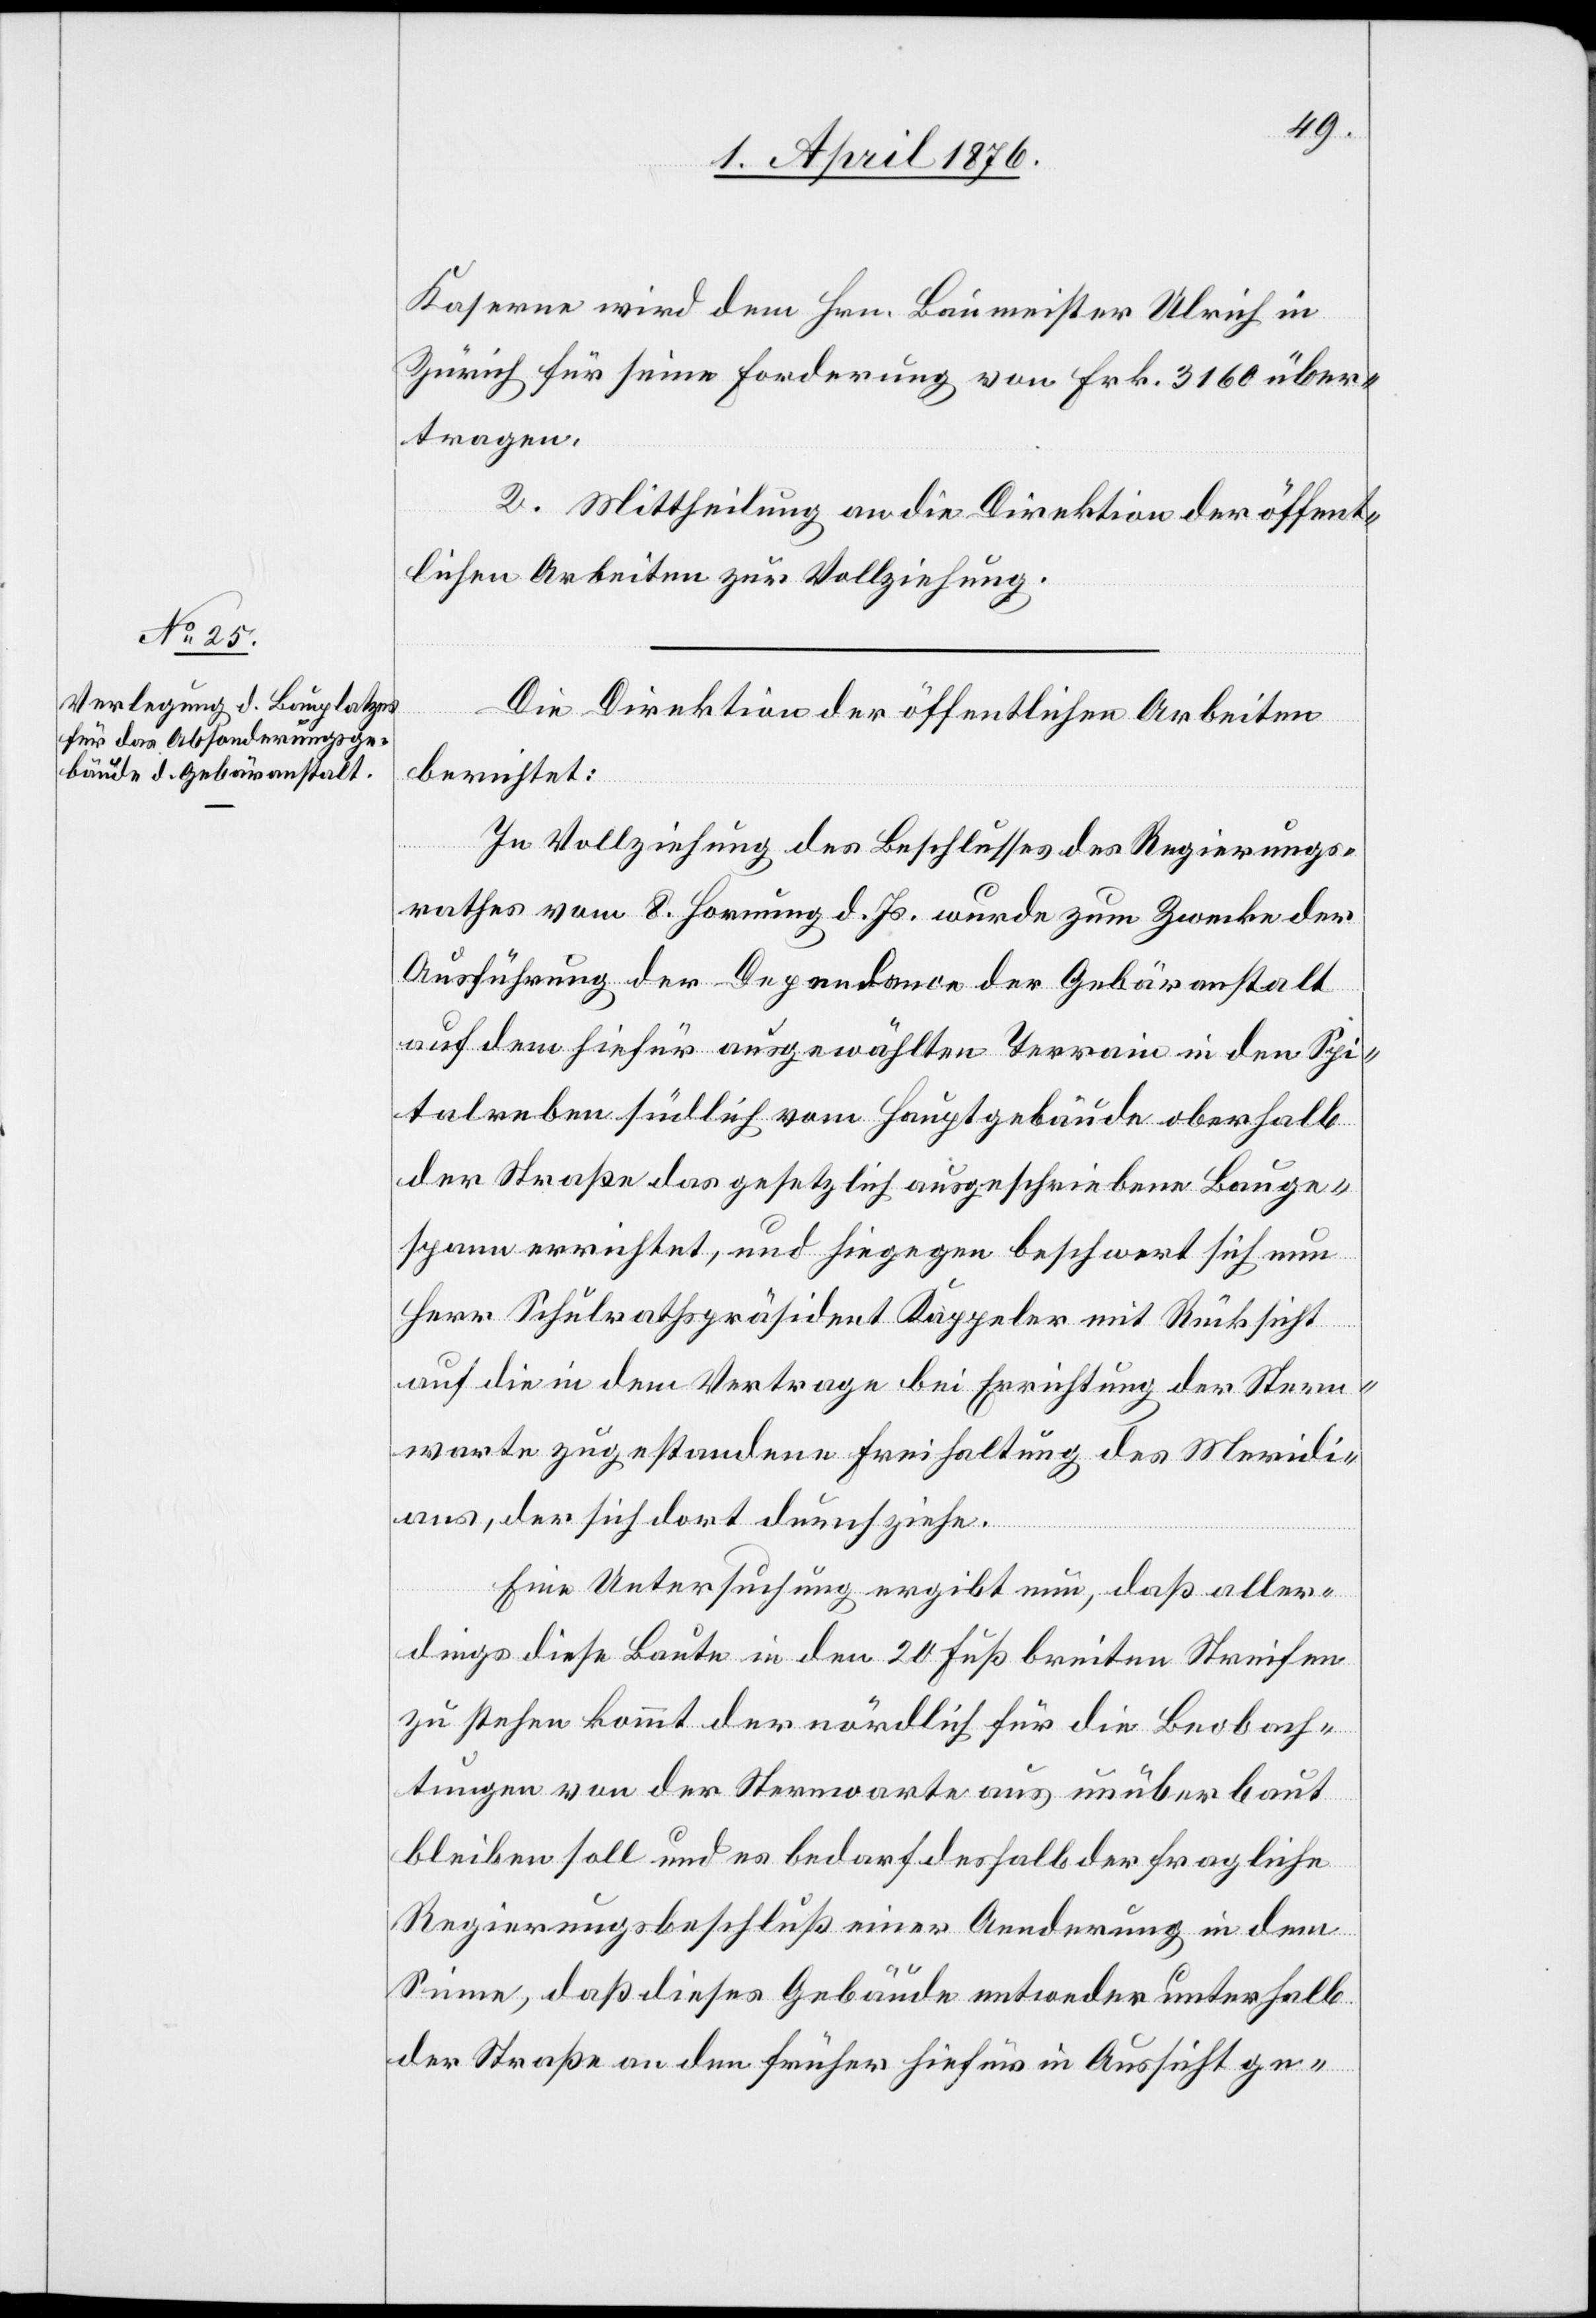
Kaserne wird dem Hrn. Baumeister Ulrich in
Zürich für seine Forderung von Frk. 3160 über¬
tragen.
2. Mittheilung an die Direktion der öffent¬
lichen Arbeiten zur Vollziehung.
Die Direktion der öffentlichen Arbeiten
berichtet:
In Vollziehung des Beschlusses des Regierungs¬
rathes vom 8. Hornung d. Js. wurde zum Zwecke der
Ausführung der Dependance der Gebäranstalt
auf dem hiefür ausgewählten Terrain in den Spi¬
talanbau südlich vom Hauptgebäude oberhalb
der Straße das gesetzlich ausgeschriebene Bauge¬
spann errichtet, und hingegen beschwert sich nun
Herr Schulrathspräsident Kappeler mit Rücksicht
auf die in dem Vertrage bei Errichtung der Stern¬
warte zugestandene Freihaltung des Meridi¬
ans, der sich dort durchziehe.
Eine Untersuchung ergibt nun, daß aller¬
dings diese Baute in den 20 Fuß breiten Streifen
zu stehen kommt der nördlich für die Beobach¬
tungen von der Sternwarte aus unüberbaut
bleiben soll und es bedarf deshalb der fragliche
Regierungsbeschluß einer Aenderung in dem
Sinne, daß dieses Gebäude entweder unterhalb
der Straße an den früher hiefür in Aussicht ge-